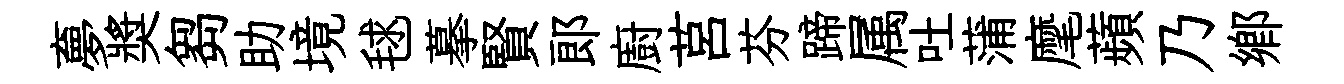
夣奬芻助境毬摹賢郞廚莒芬蹄属吐蒲麾蘋乃鄕